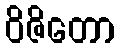
ဝိဇိတော